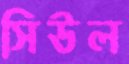
সিউল